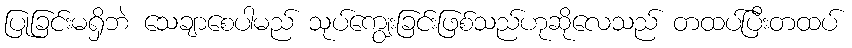
ပြုခြင်းမရှိဘဲ သေချာစေပါမည် သုပ်ကျွေးခြင်းဖြစ်သည်ဟုဆိုလေသည် တထပ်ပြီးတထပ်